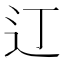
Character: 𫟧